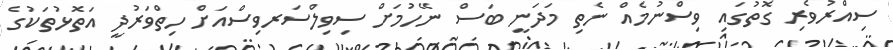
ސިއްރުވެރި ގޮތުގައި ވިސްނުމެއް ނެތި މަދަނީ ބަސް ނޭހުމަށް ސިވިލްސަރވިސްއަށް ހިތްވަރުދީ އަތޮޅުތަކުގެ